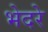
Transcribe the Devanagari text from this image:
भेदरे